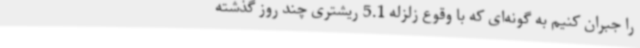
را جبران کنیم به گونه‌ای که با وقوع زلزله 5.1 ریشتری چند روز گذشته